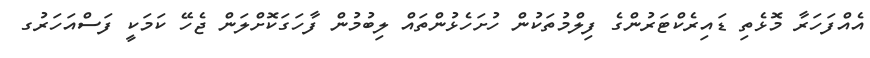
އެއްފަހަރާ މޮޅެތި ޑައިރެކްޓަރުންގެ ފިލްމުތަކުން ހުށަހެޅުންތައް ލިބުމުން ފާހަގަކޮށްލަން ޖެހޭ ކަމަކީ ފަސްއަހަރުގ